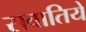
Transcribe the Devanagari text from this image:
सबातिये